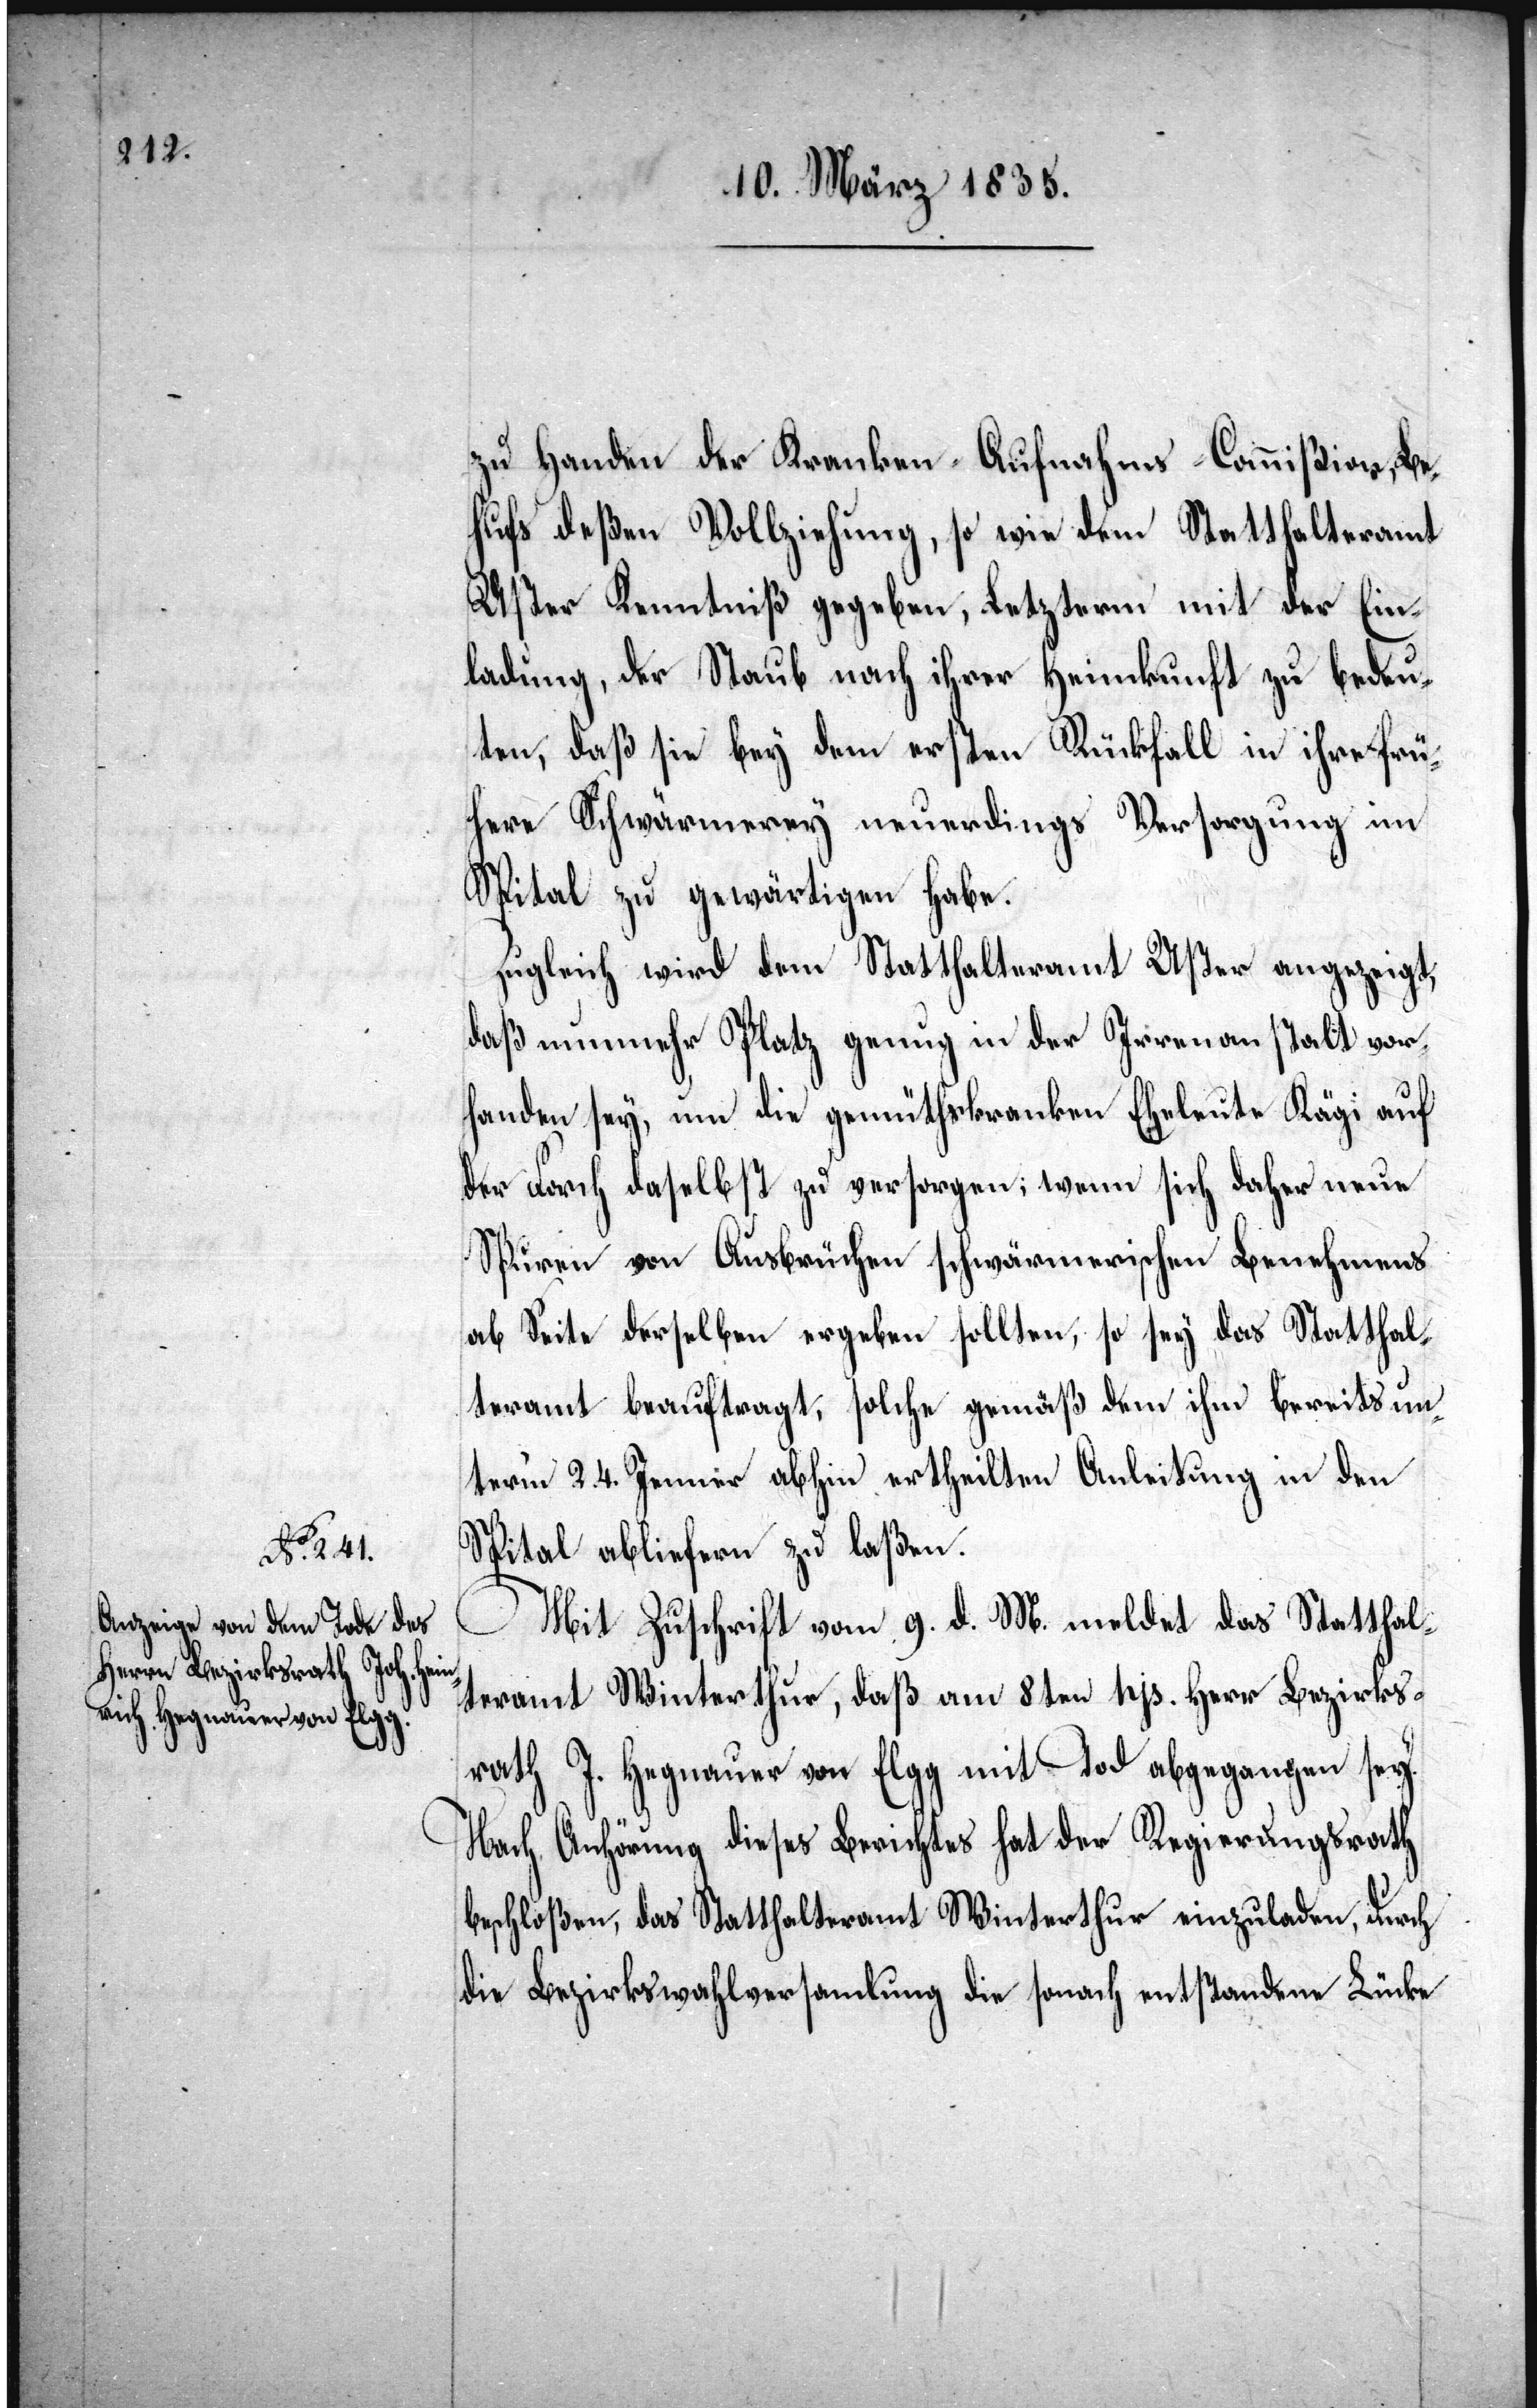
zu Handen der Kranken-Aufnams-Commißion Be¬
hufs deßen Vollziehung, so wie dem Statthalteramt
Uster Kenntniß gegeben, Letzterm mit der Ein¬
ladung, der Staub nach ihrer Heimkunft zu bedeu¬
ten, daß sie bey dem ersten Rückfall in ihre frü¬
here Schwärmerey neuerdings Versorgung im
Spital zu gewärtigen habe.
Zugleich wird dem Statthalteramt Uster angezeigt,
daß nunmehr Platz genug in der Irrenanstalt vor¬
handen sey, um die gemüthskranken Eheleute Kägi auf
der Forch daselbst zu versorgen; wenn sich daher neue
Spuren von Ausbrüchen schwärmerischen Benehmens
ab Seite derselben ergeben sollten, so sey das Statthal¬
teramt beauftragt, solche gemäß dem [sic!] ihm bereits un¬
ter’m 24. Januar abhin ertheilten Anleitung in den
Spital abliefern zu laßen.
Mit Zuschrift vom 9. d. M. meldet das Statthal¬
teramt Winterthur, daß am 8ten hjs. Herr Bezirks¬
rath J. Hegnauer von Elgg mit Tod abgegangen sey.
Nach Anhörung dieses Berichtes hat der Regierungsrath
beschloßen, das Statthalteramt Winterthur einzuladen, durch
die Bezirkswahlversamlung die sonach entstandene Lücke